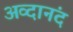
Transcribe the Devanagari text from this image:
अव्दानंद